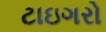
ટાઇગરો